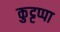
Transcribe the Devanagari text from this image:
कुट्टप्पा